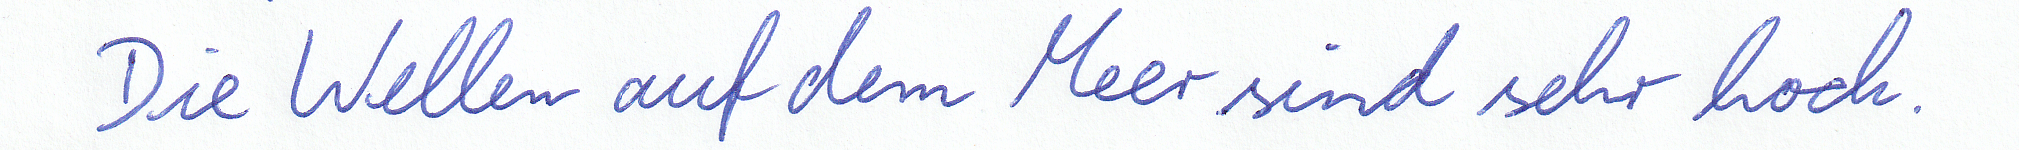
Die Wellen auf dem Meer sind sehr hoch.